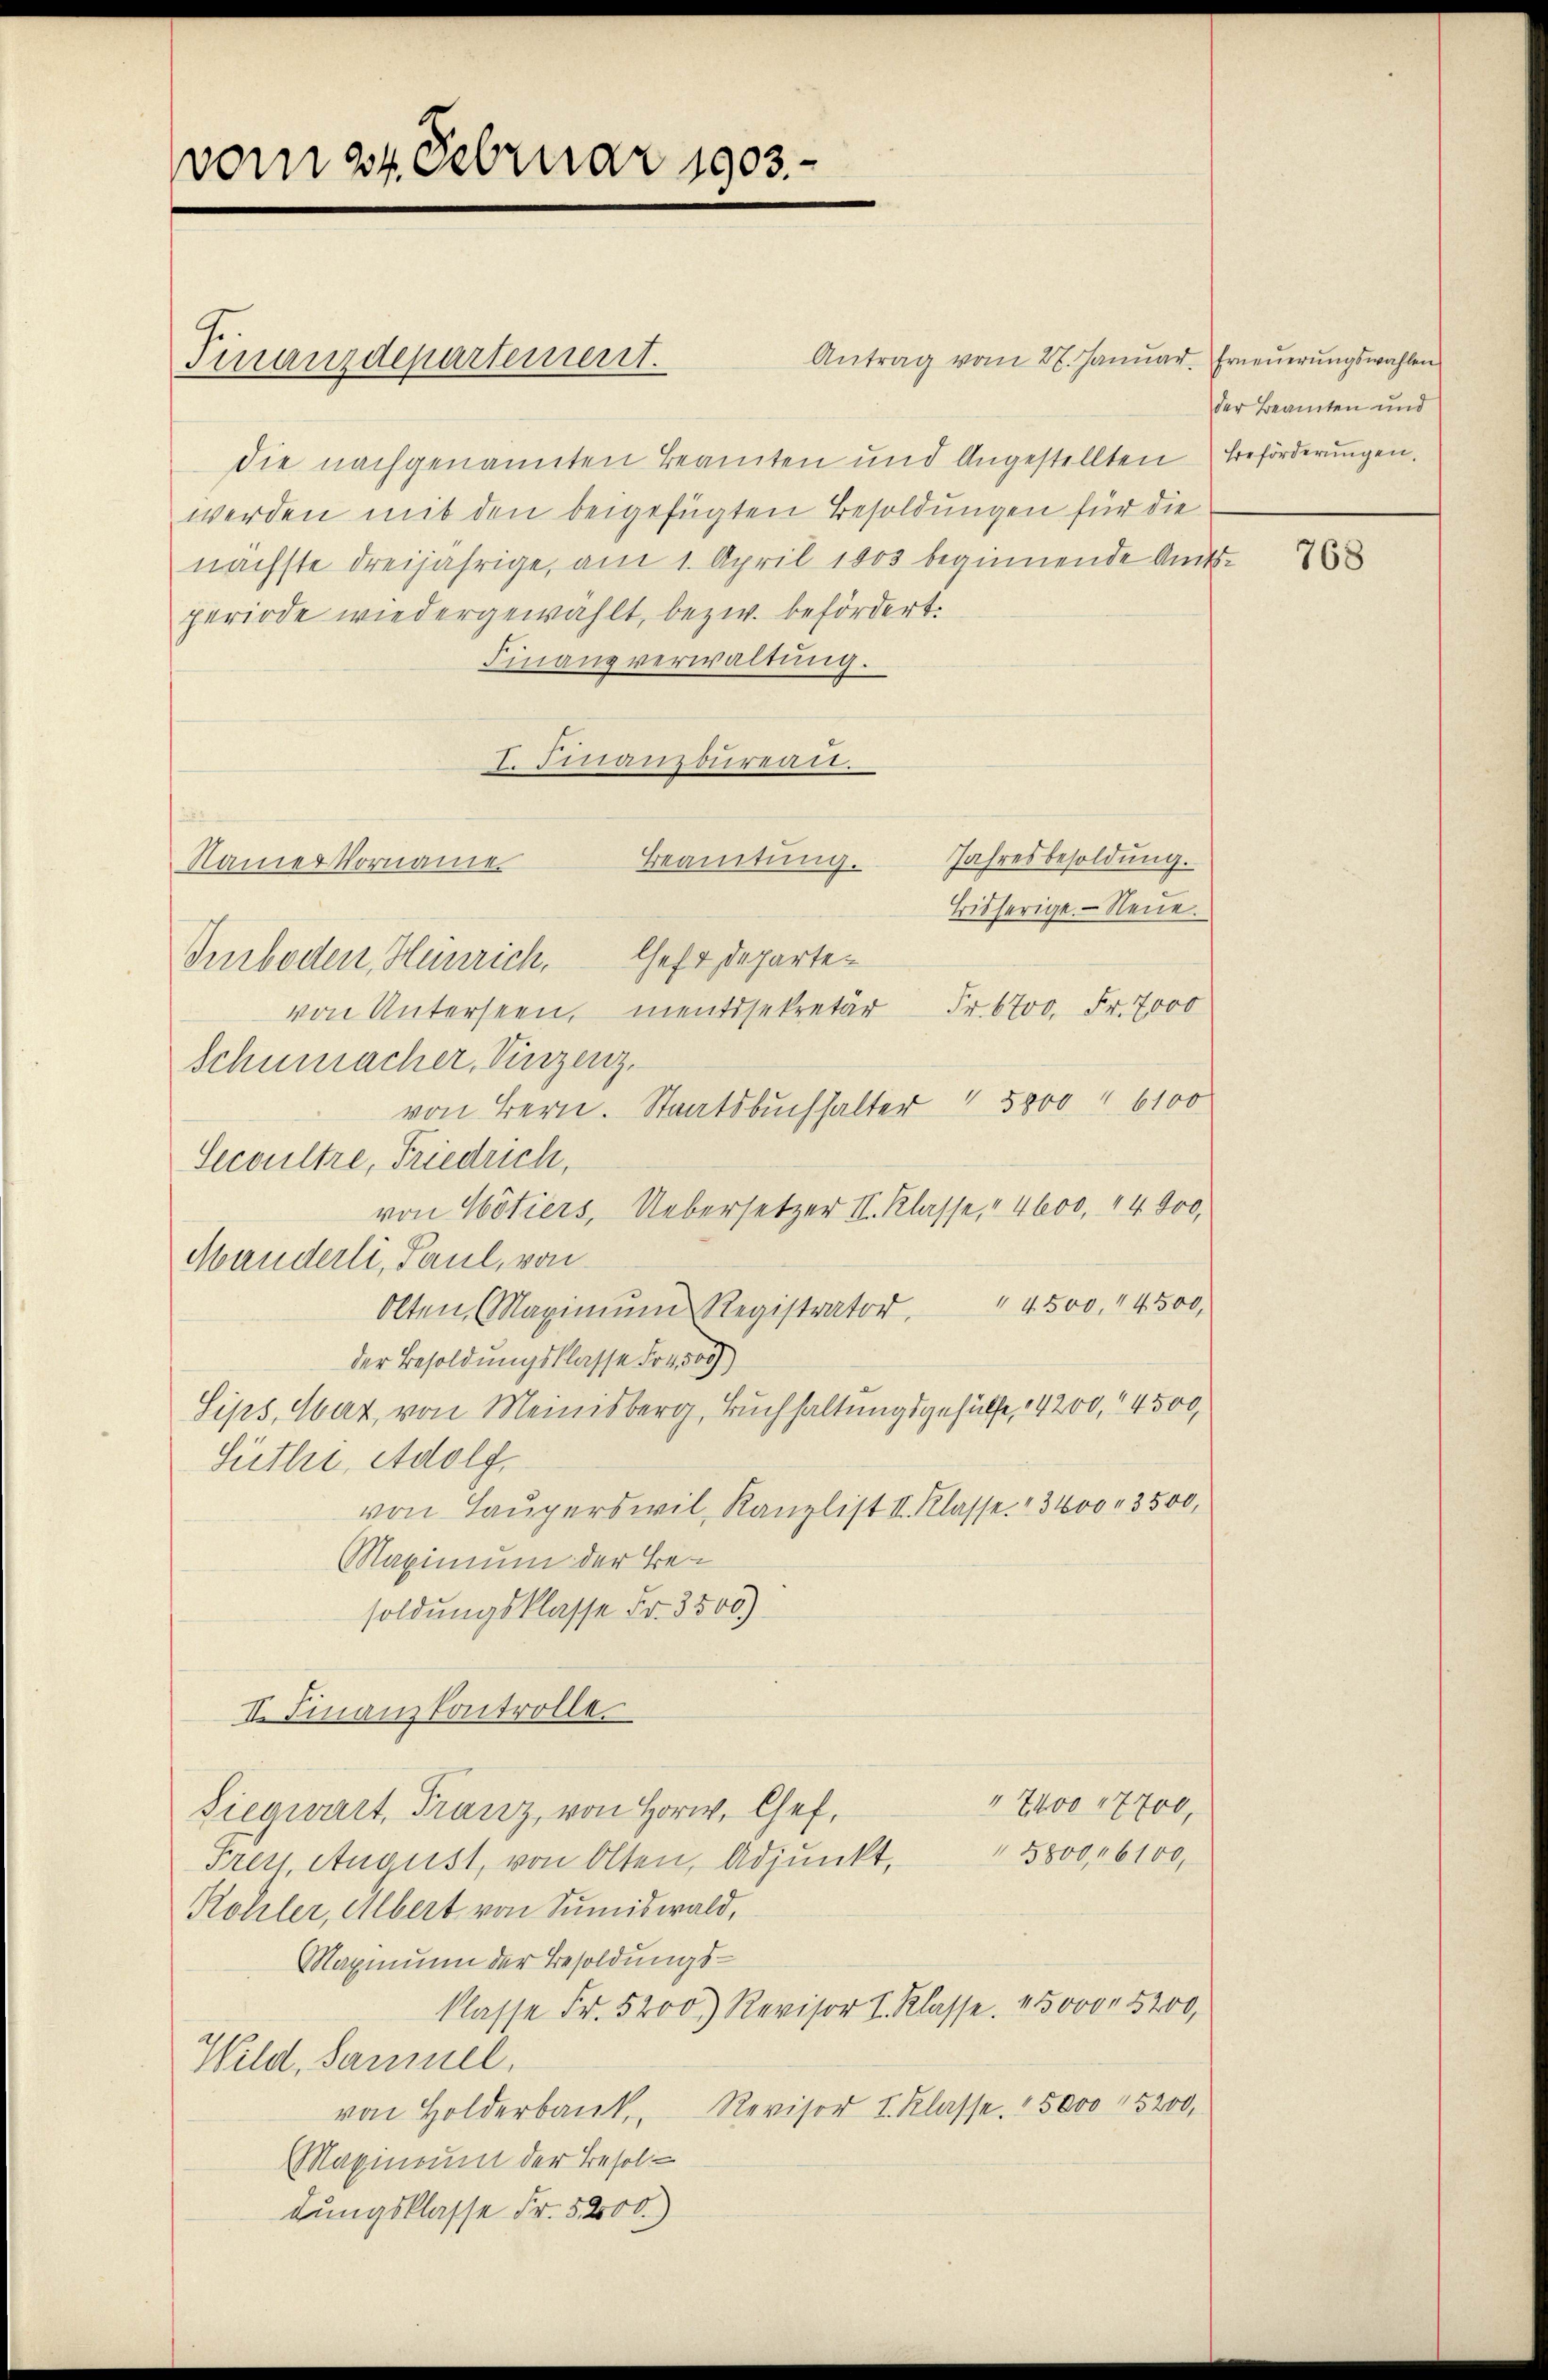
vom 24. Februar 1903.

Antrag vom 28. Januar. Erneuerungswahlen
die nachgenannten Beamten und Angestellten Beförderungen.
werden mit den beigefügten Besoldungen für die
nächste dreijährige, am 1. April 1803 beginnende Amtsperiode wiedergewählt, bezw. befördert.
Finanzverwaltung.
I. Finanzbureat.
Beamtŭng. Jahresbesoldŭng.
Namer Vorname
Bisherige Neue.
Inboden, Heinrich, Ges. Departevon Untersten, mentssekretär Fr. 6700. Fr. 7000
Schumacher, Vinzenz.
von Bern. Staatsbuchhalter 4 5000 " 6100
Secoultre, Friedrich,
von Wötiers, Uebersetzer II. Klasse, " 4600, 44900,
Manderli, Paul, von
Olten, Maximŭm Registrator, " 4500. 14500,
der Besoldungsklasse Fr. 50)
Sips, War, von Meinisberg, Buchhaltungsgehülfe, 4200, 4500,
Süthri, Adolf,
von Lauperswil, Kanzlist II. Klasse. " 3400. 3500,
Maximum der Besoldungsklasse Fr. 3500)
II. Finanzkontrolle.
" 7400 17700,
Siegwart, Franz, von Horw, Chef,
5800, 16100,
Preis, August, von Olten, Adjunkt,
Kohler, Albert von Sumiswald,
Maximum der Besoldungs-
klasse Fr. 500. Revisor I. Klasse. 150000. 5200,
Wild, Samuel,
von Holderbank, Revisor I. Klasse. 15000 15200,
Maximum der Besoldungsklasse Fr. 52000)

Finanzdepartement.

der Beamten und

768